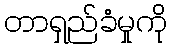
တာရှည်ခံမှုကို